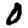
Digit: 0